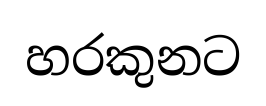
හරකුනට